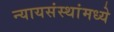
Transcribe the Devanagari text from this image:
न्यायसंस्थांमध्ये